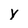
Character: y